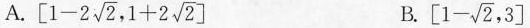
A. $$\left[1-2 \sqrt{2},1+2 \sqrt{2}\right]$$ B. $$\left[1- \sqrt{2},3\right]$$